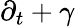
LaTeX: \partial_{t}+\gamma